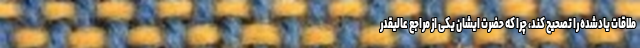
ملاقات یادشده را تصحیح کند، چرا که حضرت ایشان یکی از مراجع عالیقدر